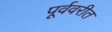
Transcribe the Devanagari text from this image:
पूर्ववरीत